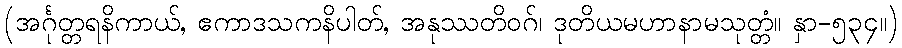
(အင်္ဂုတ္တရနိကာယ်, ဧကာဒသကနိပါတ်, အနုဿတိဝဂ်၊ ဒုတိယမဟာနာမသုတ္တံ။ နှာ-၅၃၄။)